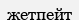
жетпейт